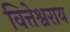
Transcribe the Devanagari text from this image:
वित्तेश्वराय